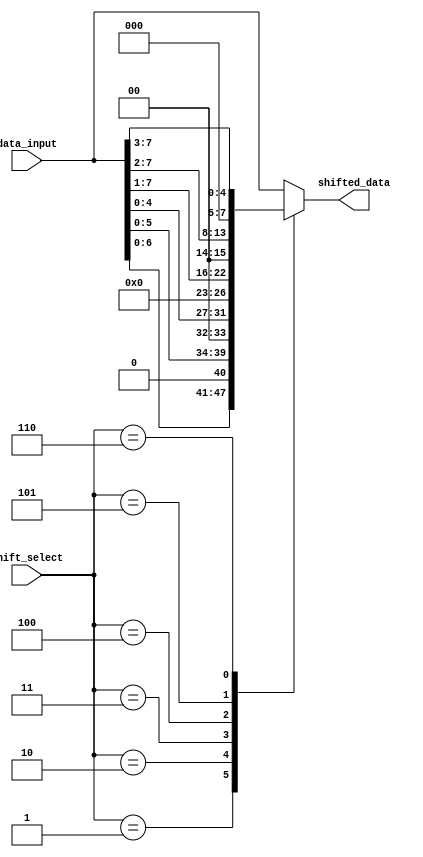
module CircularBarrelShifter (
    input [7:0] data_input,
    input [2:0] shift_select,
    output reg [7:0] shifted_data
);

always @* begin
    case (shift_select)
        3'b000: shifted_data = data_input; // No shift
        3'b001: shifted_data = data_input << 1; // Left shift by 1
        3'b010: shifted_data = data_input << 2; // Left shift by 2
        3'b011: shifted_data = data_input << 3; // Left shift by 3
        3'b100: shifted_data = data_input >> 1; // Right shift by 1
        3'b101: shifted_data = data_input >> 2; // Right shift by 2
        3'b110: shifted_data = data_input >> 3; // Right shift by 3
        default: shifted_data = data_input; // No shift
    endcase
end

endmodule